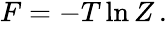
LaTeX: \begin{array}{r}{F=-T\ln Z\, .}\end{array}